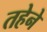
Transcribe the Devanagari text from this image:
तहेने